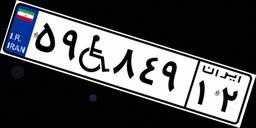
۰۲W۵۴۳۵۳